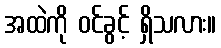
အထဲကို ဝင်ခွင့် ရှိသလား။